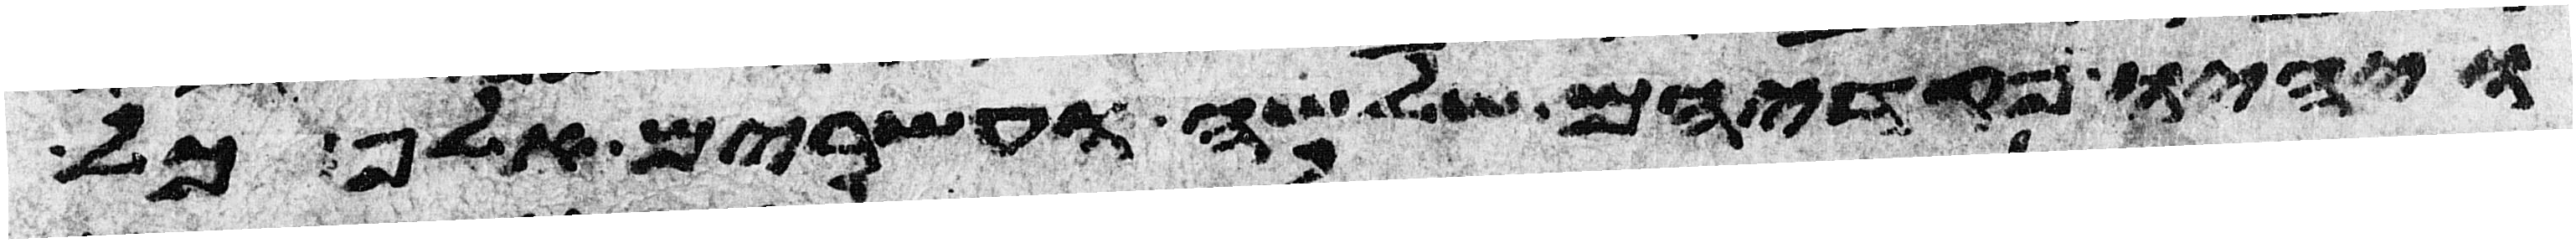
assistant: ויהיו פקדיהם שלשה ועשרים אלף כל